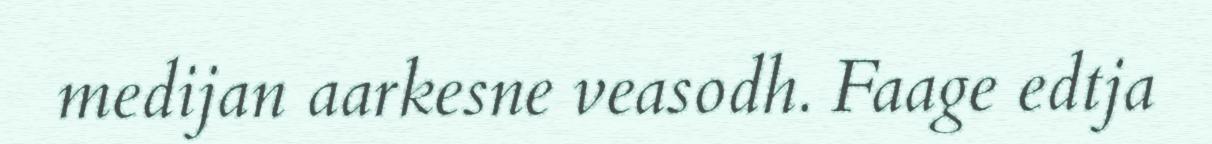
medijan aarkesne veasodh. Faage edtja